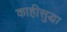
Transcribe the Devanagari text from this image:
काहीसुद्धा